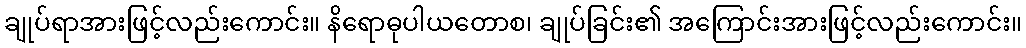
ချုပ်ရာအားဖြင့်လည်းကောင်း။ နိရောဓုပါယတောစ၊ ချုပ်ခြင်း၏ အကြောင်းအားဖြင့်လည်းကောင်း။